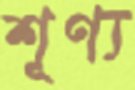
শূণ্য